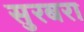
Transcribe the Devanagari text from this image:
सुरबरा